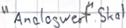
Text: "Analogwert".Skal